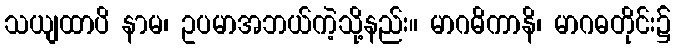
သယျထာပိ နာမ၊ ဥပမာအဘယ်ကဲ့သို့နည်း။ မာဂဓိကာနိ၊ မာဂဓတိုင်း၌